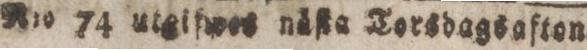
N:o 74 utgifwes nåſta Torsdagsafton.